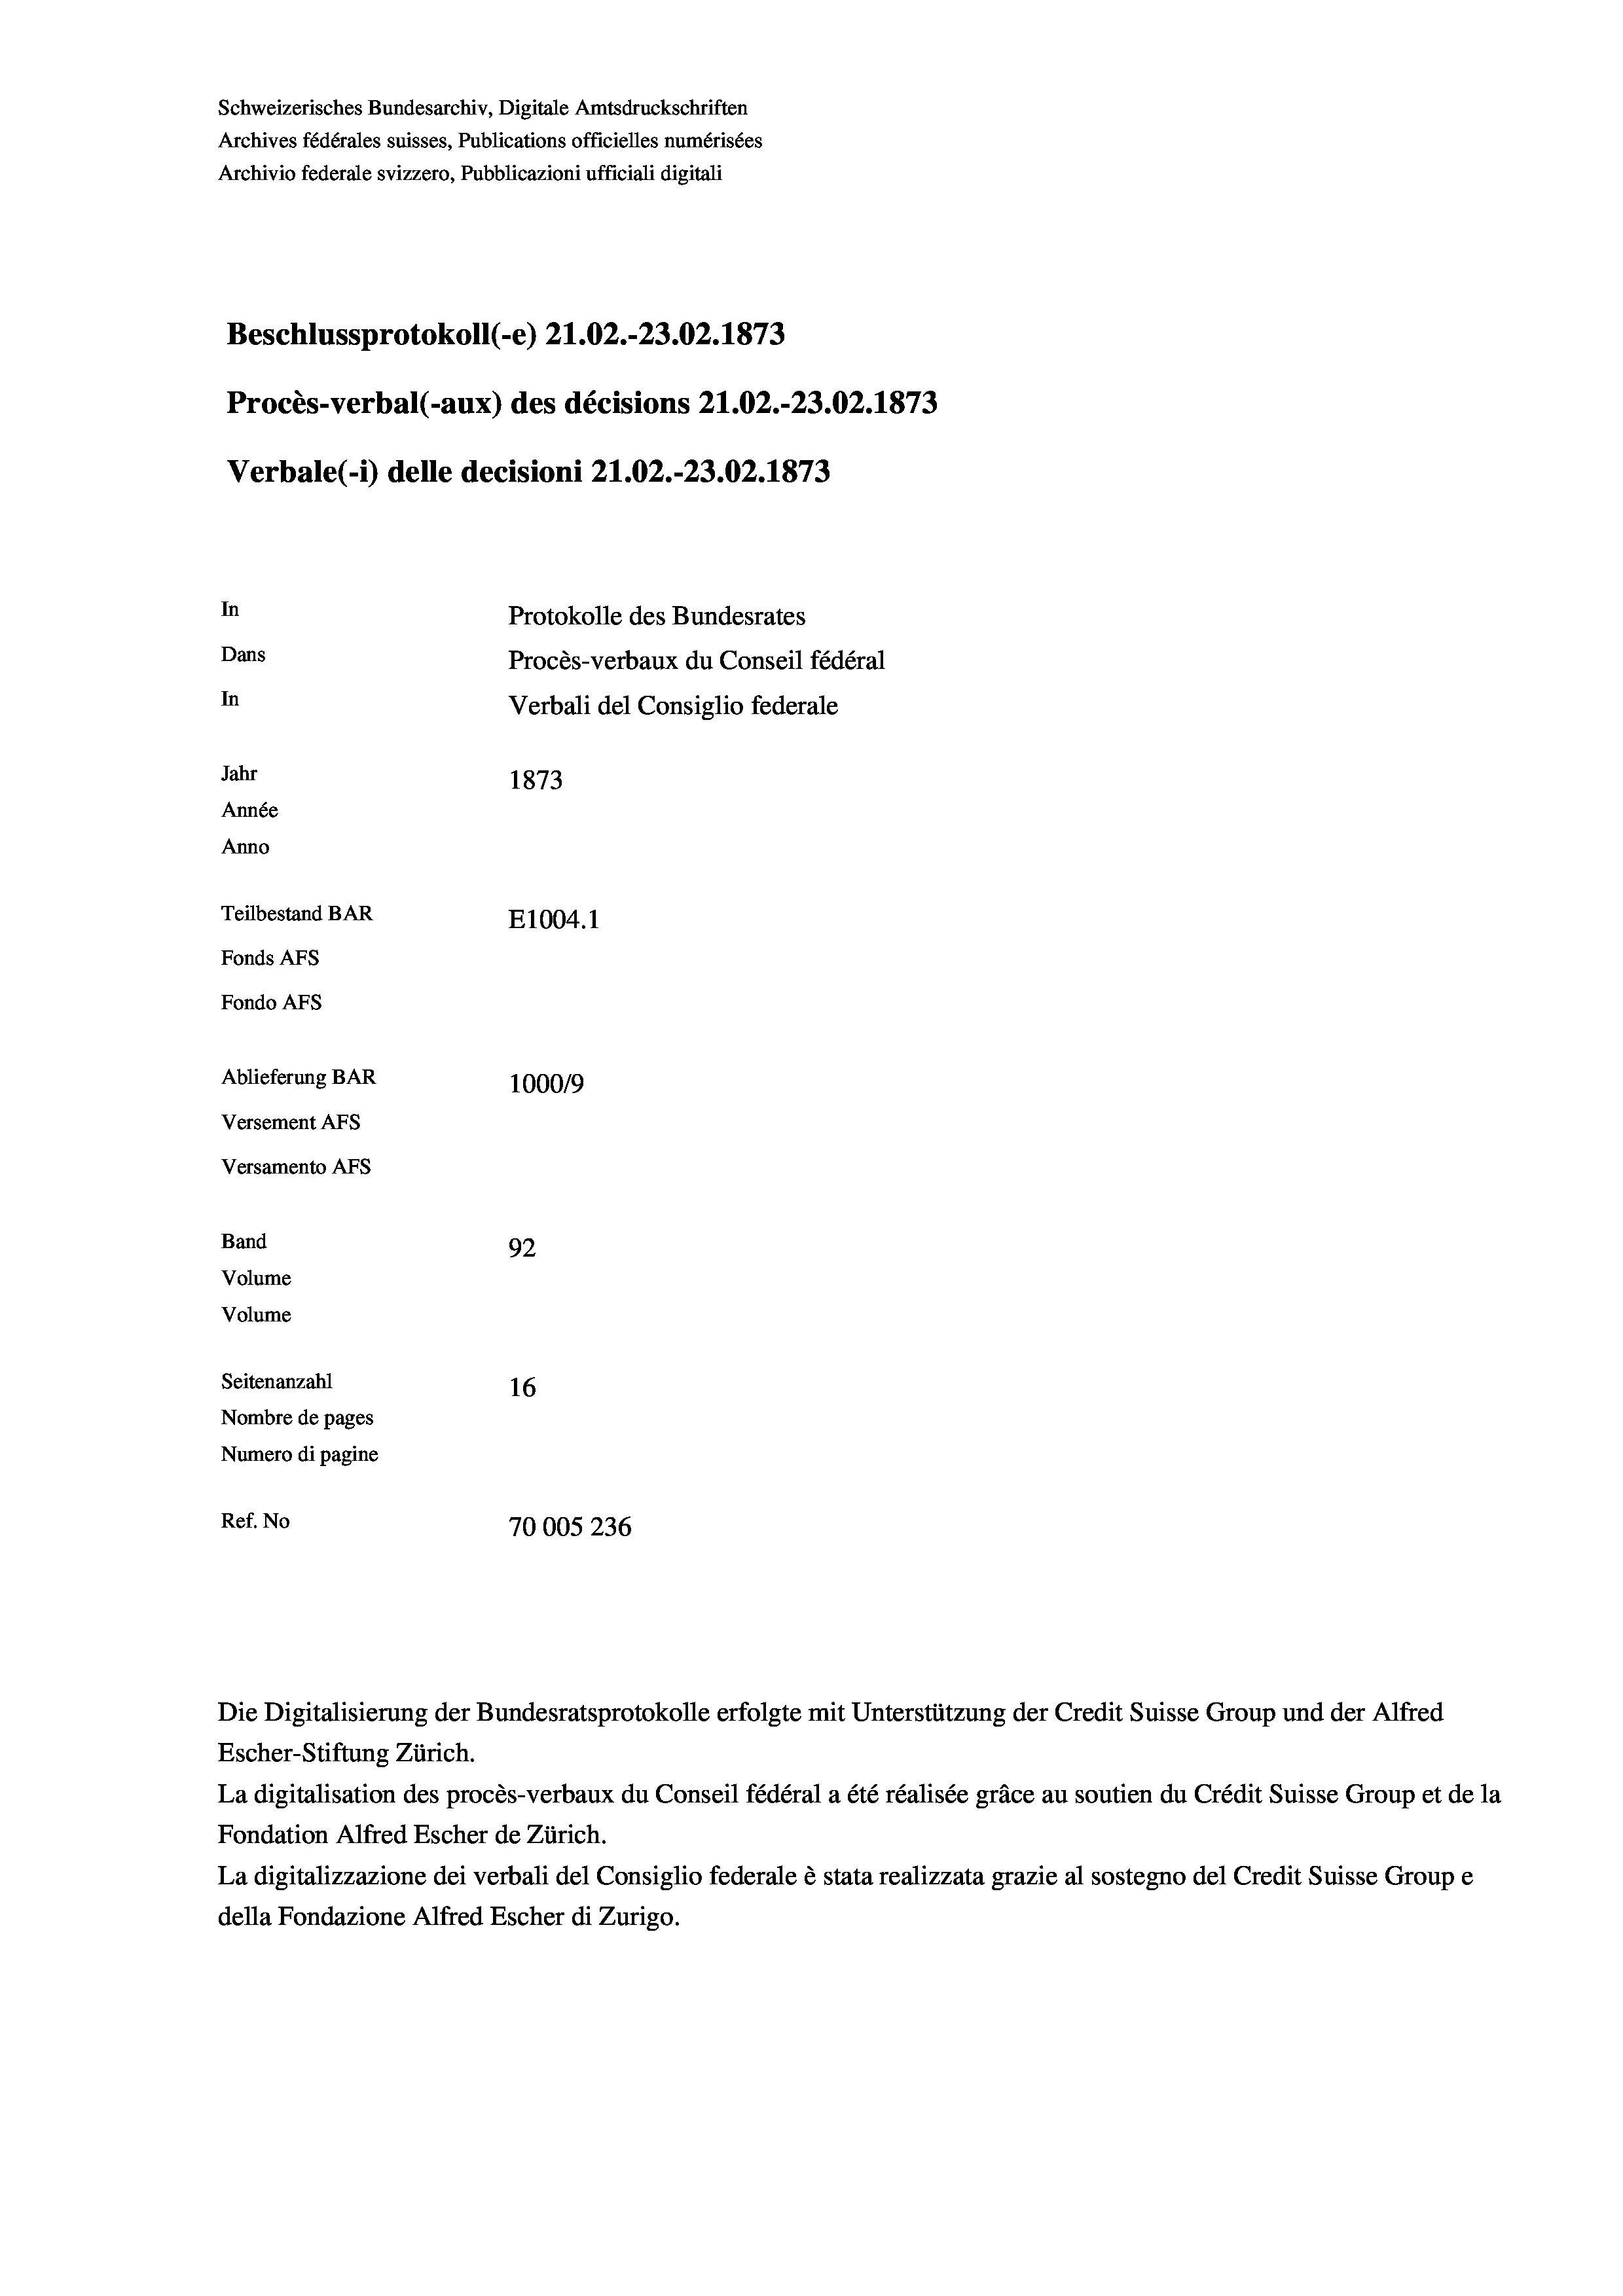
Schweizerisches Bundesarchiv, Digitale Amtsdruckschriften
Archives fédérales suisses, Publications officielles numérisées
Archivio federale svizzero, Pubblicazioni ufficiali digitali
Beschlussprotokoll (-e) 21.02.-23.02. 1873
Procès-verbal (-aux) des décisions Z1.02.-23.02. 1873
Verbale(*) delle decisioni 21.02.-23.02. 1873
In
Protokolle des Bundesrates
Dans
Procès-verbaux du Conseil fédéral
In
Verbali del Consiglio federale
Jahr
1873
Année
Anno
Teilbestand BAR
E1004. 1
Fonds AFs
Fondo AFs
Ablieferung BAR
100019
Versement AFs
Versamento AFs
Band
92
Volume
Volume
Seitenanzahl
16
Nombre de pages
Numero di pagine
Ref. No
70005236

La digitalisation des procès-verbaux du Conseil fédéral a été réalisée gräce au soutien du Crédit Suisse Group et de la
Fondation Alfred Escher de Zürich.
La digitalizzazione dei verbali del Consiglio federale è stata realizzata grazie al sostegno del Credit Suisse Groupe
della Fondazione Alfred Escher di Zurigo.

Die Digitalisierung der Bundesratsprotokolle erfolgte mit Unterstützung der Credit Suisse Group und der Alfred
Escher-Stiftung Zürich.